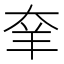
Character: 羍